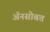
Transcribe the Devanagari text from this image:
अॅनसोबत